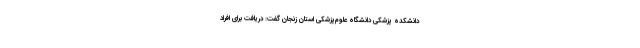
دانشکده پزشکی دانشگاه علوم‌پزشکی استان زنجان گفت: دریافت برای افراد